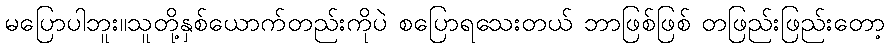
မပြောပါဘူး။သူတို့နှစ်ယောက်တည်းကိုပဲ စပြောရသေးတယ် ဘာဖြစ်ဖြစ် တဖြည်းဖြည်းတော့